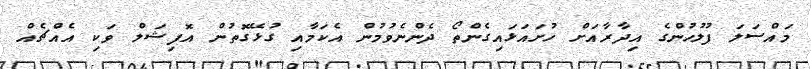
މައްސަލަ ފުލުހުންގެ އިދާރާއަށް ހުށައަޅައިގެންތޯ ދެންނެވުމުން އެކަމާއި ގުޅޭގޮތުން އޮފިޝަލް ވަކި އެއްޗެއް